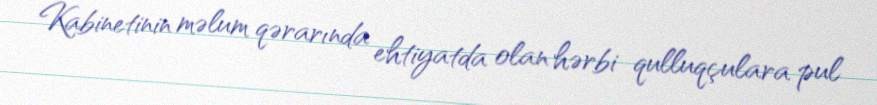
Kabinetinin məlum qərarında ehtiyatda olan hərbi qulluqçulara pul